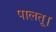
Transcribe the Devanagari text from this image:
पालतू।